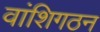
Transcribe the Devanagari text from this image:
वांशिगठन